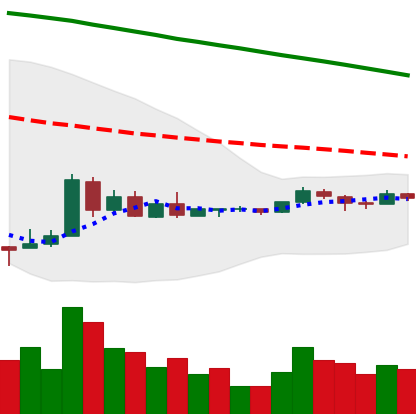
Ticker: XRP-USD
Chart end date: 2018-09-02
Forward return: -14.915%
Label: down_7plus